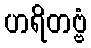
ဟရိတဗ္ဗံ